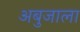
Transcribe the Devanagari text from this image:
अबुजाला